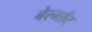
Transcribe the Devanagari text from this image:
बेल्माँट